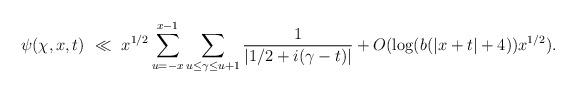
LaTeX: \begin{align*} \psi(\chi, x, t) \ \ll \ x^{1/2} \sum_{u=-x}^{x-1} \sum_{u \le \gamma \le u+1} \frac{1}{|1/2 + i( \gamma - t)|} + O(\log(b(|x + t| + 4)) x^{1/2}) . \end{align*}